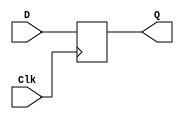
module register (Clk, D, Q);
    parameter bitwidth = 8;
    input Clk;
    input [bitwidth-1:0] D;
    output [bitwidth-1:0] Q;
    reg [bitwidth-1:0] Q;

    always @(posedge Clk) begin
      Q <= D;
    end
  endmodule

  module adder (A, B, MODE, S);
    input [7:0] A, B;
    input MODE;
    output [7:0] S;

    assign S = (MODE) ? A + B : B;
  endmodule

  module multiplier_signed_4bit (Clk, Xin, Yin, Resetn, M, RegX_in);
    input Clk, Resetn;
    input [3:0] Xin, Yin;
    output [7:0] M, RegX_in;
    reg [7:0] RegX_in, RegM_in, RegX_prev;
    reg [3:0] RegY_in, RegY_prev;
    reg X_sign;
    wire [7:0] RegX_out, RegM_out, Adder_out;
    wire [3:0] RegY_out;

    parameter I = 3'b000, A0 = 3'b001, A1 = 3'b010,
              A2 = 3'b011, A3 = 3'b100, F = 3'b101;
    reg [2:0] cur_st, next_st;

    register RegX(Clk, RegX_in, RegX_out);
    register #(4) RegY(Clk, RegY_in, RegY_out);
    register RegM(Clk, RegM_in, RegM_out);
    adder Adder(RegX_out, RegM_out, RegY_out[0], Adder_out);
    assign M = (X_sign) ? ~RegM_out+1 : RegM_out;

    always@(posedge Clk) begin
      if (!Resetn) begin
        cur_st <= I;
      end
      else begin
        RegX_prev <= RegX_in;
        RegY_prev <= RegY_in;
        cur_st <= next_st;
      end
    end

    always @(cur_st) begin
      case (cur_st)
        I: begin
          X_sign <= Xin[3];
          RegX_in <= {4'b0000, ((Xin[3]) ? ~Xin+4'b0001 : Xin)};
          RegY_in <= {1'b0, Yin[2:0]};
          RegM_in <= 0;
          next_st <= A0;
        end
        A0: begin
          RegX_in <= RegX_prev << 1;
          RegY_in <= RegY_prev >> 1;
          RegM_in <= Adder_out;
          next_st <= A1;
        end
        A1: begin
          RegX_in <= RegX_prev << 1;
          RegY_in <= RegY_prev >> 1;
          RegM_in <= Adder_out;
          next_st <= A2;
        end
        A2: begin
          RegX_in <= RegX_prev << 1;
          RegY_in <= RegY_prev >> 1;
          RegM_in <= Adder_out;
          next_st <= A3;
        end
        A3: begin
          RegX_in <= RegX_prev << 1;
          RegY_in <= RegY_prev >> 1;
          RegM_in <= Adder_out;
          next_st <= F;
        end
        F: next_st <= F;
        default: next_st <= 3'bxxx;
      endcase
    end
  endmodule